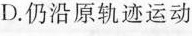
D.仍沿原轨迹运动